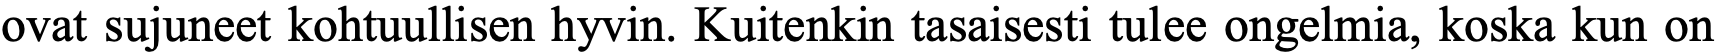
ovat sujuneet kohtuullisen hyvin. Kuitenkin tasaisesti tulee ongelmia, koska kun on